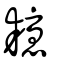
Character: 耰